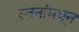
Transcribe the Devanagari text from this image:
स्तनांमधून